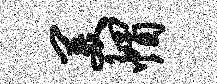
美帽